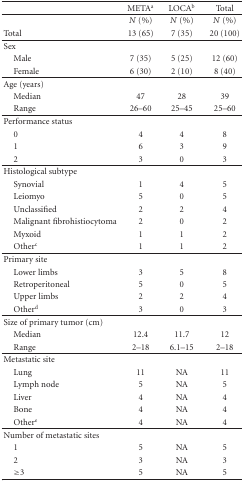
|  | METAa | LOCAb | Total |
 | --- | --- | --- | --- |
 |  | N (%) | N (%) | N (%) |
 | Total | 13 (65) | 7 (35) | 20 (100) |
 | Sex |  |  |  |
 | Male | 7 (35) | 5 (25) | 12 (60) |
 | Female | 6 (30) | 2 (10) | 8 (40) |
 | Age (years) |  |  |  |
 | Median | 47 | 28 | 39 |
 | Range | 26–60 | 25–45 | 25–60 |
 | Performance status |  |  |  |
 | 0 | 4 | 4 | 8 |
 | 1 | 6 | 3 | 9 |
 | 2 | 3 | 0 | 3 |
 | Histological subtype |  |  |  |
 | Synovial | 1 | 4 | 5 |
 | Leiomyo | 5 | 0 | 5 |
 | Unclassified | 2 | 2 | 4 |
 | Malignant fibrohistiocytoma | 2 | 0 | 2 |
 | Myxoid | 1 | 1 | 2 |
 | Otherc | 1 | 1 | 2 |
 | Primary site |  |  |  |
 | Lower limbs | 3 | 5 | 8 |
 | Retroperitoneal | 5 | 0 | 5 |
 | Upper limbs | 2 | 2 | 4 |
 | Otherd | 3 | 0 | 3 |
 | Size of primary tumor (cm) |  |  |  |
 | Median | 12.4 | 11.7 | 12 |
 | Range | 2–18 | 6.1–15 | 2–18 |
 | Metastatic site |  |  |  |
 | Lung | 11 | NA | 11 |
 | Lymph node | 5 | NA | 5 |
 | Liver | 4 | NA | 4 |
 | Bone | 4 | NA | 4 |
 | Othere | 4 | NA | 4 |
 | Number of metastatic sites |  |  |  |
 | 1 | 5 | NA | 5 |
 | 2 | 3 | NA | 3 |
 | ≥3 | 5 | NA | 5 |